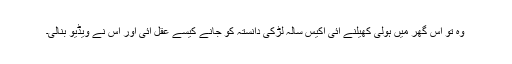
وہ تو اس گھر میں ہولی کھیلنے آئی اکیس سالہ لڑکی دانستہ کو جانے کیسے عقل آئی اور اس نے ویڈیو بنالی۔